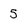
Character: 5